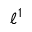
\ell ^ { 1 }